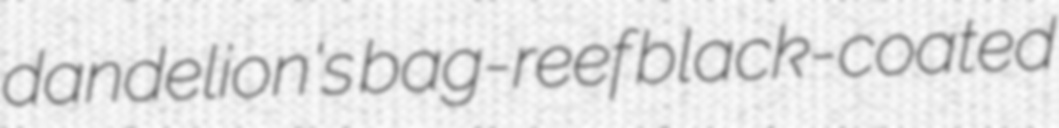
dandelion's bag-reef black-coated